Serum-therapy of plague in India - Number 20
Disease focus: Plague
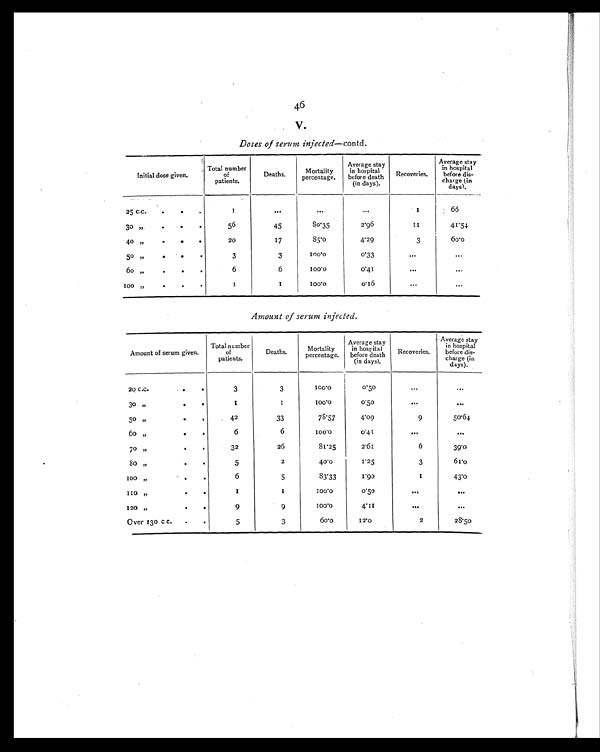
46
V.
Doses of serum injected—contd.
Initial dose given.
Total numbe
of
patients.
Deaths.
Mortality
percentage.
Average stay
in hospita
l
before death
(in days).
Recoveries.
Average stay
in hospital
before dis-
charge (in
days).
25 c.c.
.
.
.
1
. . .
. . .
. . .
1
66
30 ,,
. . .
56
45
80.35
2.96
1 1
41.54
40 ,,
.
.
.
20
17
85.o
4.29
3
6 0 . 0
5o „
.
.
3
3
100.0
0.33
. . .
...
6o „
. . .
6
6
100.0
0.41
...
...
I00 .,
. . .
I
I
100.0
0.16
...
. . .
Amount of serum injected.
Amount of serum given.
Total number
of
patients.
Deaths.
Mortality
percentage.
Average stay
in hospital
before death
(in days).
Recoveries.
Average stay
in hospital
before dis-
charge (in
days).
20 C.C.
.
3
3
1 0 0 . 0
0.50
. . .
. . .
30 ,,
.
.
1
1
100.0
0.50
...
...
50 „
.
42
33
78.57
4.09
9
50.64
60 ,,
.
6
6
100.0
0.41
. . .
...
70
,,
.
32
26
81.25
2.61
6
39.0
80 „
.
5
2
40.0
1.25
3
61.0
100 „
.
.
6
5
83.33
1 . 9 0
1
43.0
1 1 0
„
. 0
1
1
100.0
0.50
. . .
. . .
120 „
.
.
9
9
1 0 0 . 0
4.11
...
. . .
Over 130 c.c.
.
.
5
3
60.o
1 2 . 0
2
28.50